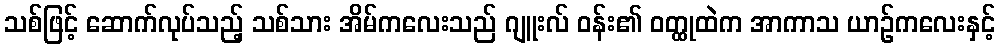
သစ်ဖြင့် ဆောက်လုပ်သည့် သစ်သား အိမ်ကလေးသည် ဂျူးလ် ဝန်း၏ ဝတ္ထုထဲက အာကာသ ယာဉ်ကလေးနှင့်